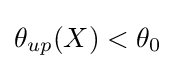
\theta _{up}(X)<\theta _{0}